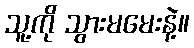
သူ့ကို သွားမမေးနဲ့။